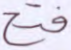
فتح